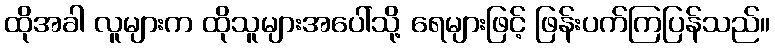
ထိုအခါ လူများက ထိုသူများအပေါ်သို့ ရေများဖြင့် ဖြန်းပက်ကြပြန်သည်။